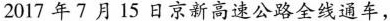
2017年7月15日京新高速公路全线通车，